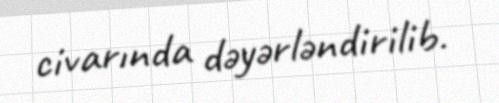
civarında dəyərləndirilib.